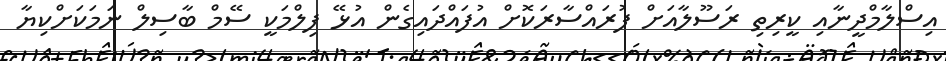
އިސްލާމްދީނާއި ކީރިތި ރަސޫލާއަށް ފުރައްސާރަކޮށް އުފައްދައިގެން އުޅޭ ފިލްމަކީ ސޭމް ބާސިލް ނަމަކަށްކިޔާ